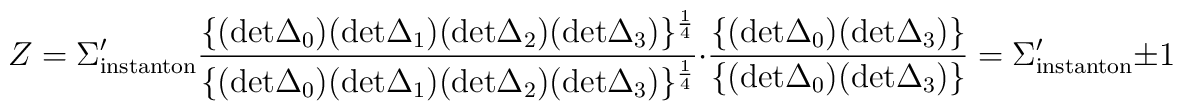
Z= \Sigma^\prime_{\rm instanton}{\{({\rm det} \Delta_0)({\rm det} \Delta_1)({\rm det} \Delta_2)({\rm det} \Delta_3)\}^{1 \over 4}\over\{({\rm det} \Delta_0)({\rm det} \Delta_1)({\rm det} \Delta_2)({\rm det} \Delta_3)\}^{1 \over 4}}\cdot{\{({\rm det} \Delta_0)({\rm det} \Delta_3)\}\over\{({\rm det} \Delta_0)({\rm det} \Delta_3)\}} =  \Sigma^\prime_{\rm instanton} \pm 1